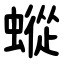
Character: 䗥